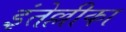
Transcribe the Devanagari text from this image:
इंतेल्लीका